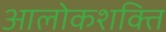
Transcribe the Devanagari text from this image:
आलोकशक्ति